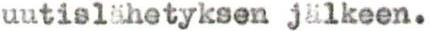
uutislähetyksen jälkeen.